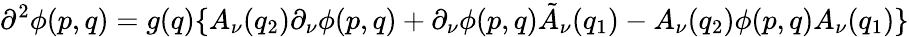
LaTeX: \partial^{2}\phi(p,q)=g(q)\{ A_{\nu}(q_{2})\partial_{\nu}\phi(p,q)+\partial_{\nu}\phi(p,q)\tilde{A}_{\nu}(q_{1})-A_{\nu}(q_{2})\phi(p,q)A_{\nu}(q_{1})\}